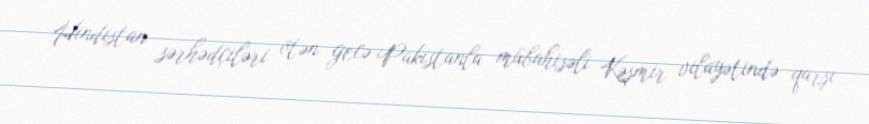
Hindistan sərhədçiləri ötən gecə Pakistanla mübahisəli Kəşmir vilayətində qarşı